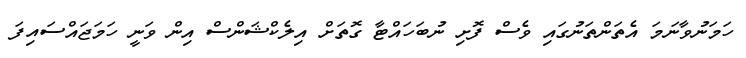
ހަމަނުވާނަމަ އެތަންތަނުގައި ވެސް ފޮށި ނުބަހައްޓާ ގޮތަށް އިލެކްޝަންސް އިން ވަނީ ހަމަޖައްސައިފަ